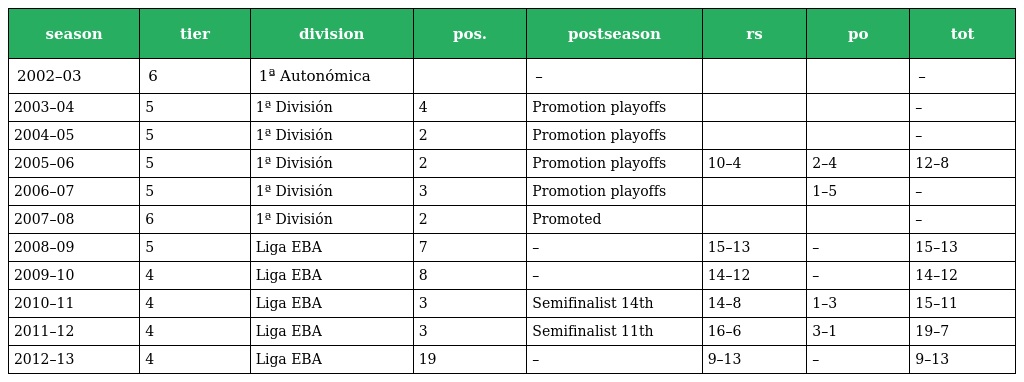
| season | tier | division | pos. | postseason | rs | po | tot |
 | --- | --- | --- | --- | --- | --- | --- | --- |
 | 2002–03 | 6 | 1ª Autonómica |  | – |  |  | – |
 | 2003–04 | 5 | 1ª División | 4 | Promotion playoffs |  |  | – |
 | 2004–05 | 5 | 1ª División | 2 | Promotion playoffs |  |  | – |
 | 2005–06 | 5 | 1ª División | 2 | Promotion playoffs | 10–4 | 2–4 | 12–8 |
 | 2006–07 | 5 | 1ª División | 3 | Promotion playoffs |  | 1–5 | – |
 | 2007–08 | 6 | 1ª División | 2 | Promoted |  |  | – |
 | 2008–09 | 5 | Liga EBA | 7 | – | 15–13 | – | 15–13 |
 | 2009–10 | 4 | Liga EBA | 8 | – | 14–12 | – | 14–12 |
 | 2010–11 | 4 | Liga EBA | 3 | Semifinalist 14th | 14–8 | 1–3 | 15–11 |
 | 2011–12 | 4 | Liga EBA | 3 | Semifinalist 11th | 16–6 | 3–1 | 19–7 |
 | 2012–13 | 4 | Liga EBA | 19 | – | 9–13 | – | 9–13 |